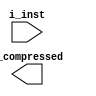
`default_nettype none

`define ARITH_OP_ADD 3'h0
`define ARITH_OP_SLT 3'h1
`define ARITH_OP_MUL 3'h2
`define ARITH_OP_DIV 3'h3
`define ARITH_OP_REM 3'h4
`define ARITH_OP_RLI 3'h5

`define LOGIC_OP_XOR 3'h0
`define LOGIC_OP_OR 3'h1
`define LOGIC_OP_AND 3'h2
`define LOGIC_OP_SHIFT 3'h3

module decoder (
    input wire [31:0] i_inst,
    output wire o_compressed
);
    // uncompressed instructions (32 bit) end in 11
    wire [1:0] c_opcode = i_inst[1:0];
    wire compressed = c_opcode != 2'b11;

    // decoding of uncompressed instructions (word size)
    wire [4:0] w_opcode = i_inst[6:2];
    wire [4:0] w_rd = i_inst[11:7];
    wire [4:0] w_rs1 = i_inst[19:15];
    wire [4:0] w_rs2 = i_inst[24:20];
    wire [2:0] w_funct3 = i_inst[14:12];
    wire [6:0] w_funct7 = i_inst[31:25];

    // opcode parsing (word size)
    wire w_branch = w_opcode == 5'b11000;
    wire w_load = w_opcode == 5'b00000;
    wire w_store = w_opcode == 5'b01000;
    wire w_intri = w_opcode == 5'b00100;
    wire w_intrr = w_opcode == 5'b01100;
    wire w_jal = w_opcode == 5'b11011;
    wire w_jalr = w_opcode == 5'b11001;
    wire w_auipc = w_opcode == 5'b00101;
    wire w_lui = w_opcode == 5'b01101;
    wire w_env = w_opcode == 5'b11100;
    wire w_atomic = w_opcode == 5'b01011;
    wire w_fmadd = w_opcode == 5'b10000;
    wire w_fmsub = w_opcode == 5'b10001;
    wire w_fnmsub = w_opcode == 5'b10010;
    wire w_fnmadd = w_opcode == 5'b10011;
    wire w_float = w_opcode == 5'b10100;

    wire w_type_r = w_intrr;
    wire w_type_i = w_intri || w_load || w_jalr || w_env;
    wire w_type_s = w_store;
    wire w_type_b = w_branch;
    wire w_type_j = w_jal;
    wire w_type_u = w_auipc || w_lui;

    // immediate decoding (word size)
    wire [31:0] w_imm;
    assign w_imm[31] = i_inst[31];
    assign w_imm[30:20] = w_type_u ? i_inst[30:20] : i_inst[31];
    assign w_imm[19:12] = (w_type_u || w_type_j) ? i_inst[19:12] : i_inst[31];
    wire imm11_sext = i_inst[31] & !w_type_u;
    wire imm11_bj = w_type_b ? i_inst[7] : i_inst[20];
    assign w_imm[11] = (w_type_i || w_type_s) ? imm11_sext : imm11_bj;
    assign w_imm[10:5] = i_inst[30:25] & {6{!w_type_u}};
    assign w_imm[4:1] = ((w_type_i || w_type_j) ? i_inst[24:21] : i_inst[11:8]) & {4{!w_type_u}};
    assign w_imm[0] = (w_type_i ? i_inst[20] : i_inst[7]) & (w_type_b || w_type_u || w_type_j);

    // compressed instructions (16 bit)
    wire [15:0] c_inst = i_inst[15:0];
    wire [2:0] c_funct3 = c_inst[15:13];
    wire [3:0] c_funct4 = c_inst[15:12];
    //
    // wire c_c2 = c_opcode == 2'b10;
    // wire 
    // wire c_type_cr = (c_mode == 2'b00) && (c_opcode == 

    wire [1:0] load_op = w_funct3[1:0];     // 0 -> byte, 1 -> half, 2 -> word
    wire load_func = w_funct3[2];           // 0 -> signed, 1 -> unsigned

    wire [1:0] store_op = w_funct3[1:0];    // 0 -> byte, 1 -> half, 2 -> word
    wire [2:0] branch_op = w_funct3[2:0];

    reg [2:0] arith_op;
    reg [1:0] arith_func;
    always @(*) begin
        arith_op = 3'bxxx;
        arith_func = 1'bx;

        casex ({w_funct7[0], w_funct3})
            // RV32I
            4'b1000: begin
                arith_op = `ARITH_OP_ADD;
                arith_func = {1'b0, w_funct7[5]};
            end
            4'b101x: begin
                arith_op = `ARITH_OP_SLT;
                arith_func = {1'b0, w_funct3[0]};
            end
            // RV32M
            4'b00xx: begin
                arith_op = `ARITH_OP_MUL;
                arith_func = w_funct3[1:0];
            end
            4'b010x: begin
                arith_op = `ARITH_OP_DIV;
                arith_func = {1'b0, w_funct3[0]};
            end
            4'b011x: begin
                arith_op = `ARITH_OP_REM;
                arith_func = {1'b0, w_funct3[0]};
            end
        endcase
    end

    reg [2:0] logic_op;
    reg [1:0] logic_func;
    always @(*) begin
        logic_op = 3'bxxx;
        logic_func = 1'bx;

        casex (w_funct3)
            3'b100: begin
                logic_op = `LOGIC_OP_XOR;
                logic_func = 1'b0;
            end
            3'b110: begin
                logic_op = `LOGIC_OP_OR;
                logic_func = 1'b0;
            end
            3'b111: begin
                logic_op = `LOGIC_OP_AND;
                logic_func = 1'b0;
            end
            3'bx01: begin
                logic_op = `LOGIC_OP_SHIFT;
                logic_func = {1'b0, w_funct7[5], w_funct3[2]};
            end
        endcase
    end

    wire init_op = w_auipc;

    // reg op;
    // always @(*) begin
    //     case ()
    // end
endmodule